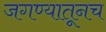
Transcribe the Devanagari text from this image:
जगण्यातूनच